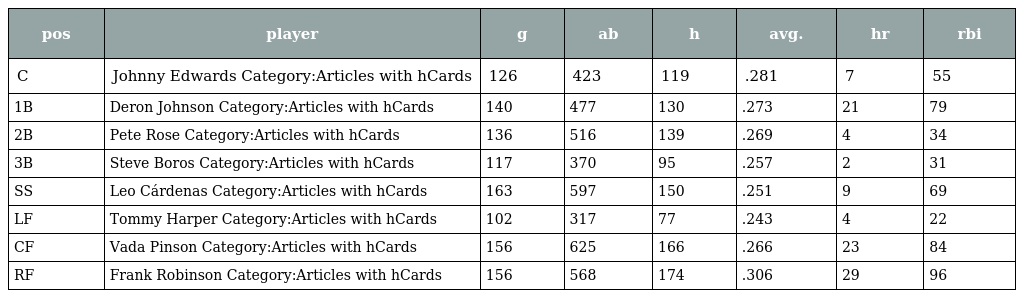
| pos | player | g | ab | h | avg. | hr | rbi |
 | --- | --- | --- | --- | --- | --- | --- | --- |
 | C | Johnny Edwards Category:Articles with hCards | 126 | 423 | 119 | .281 | 7 | 55 |
 | 1B | Deron Johnson Category:Articles with hCards | 140 | 477 | 130 | .273 | 21 | 79 |
 | 2B | Pete Rose Category:Articles with hCards | 136 | 516 | 139 | .269 | 4 | 34 |
 | 3B | Steve Boros Category:Articles with hCards | 117 | 370 | 95 | .257 | 2 | 31 |
 | SS | Leo Cárdenas Category:Articles with hCards | 163 | 597 | 150 | .251 | 9 | 69 |
 | LF | Tommy Harper Category:Articles with hCards | 102 | 317 | 77 | .243 | 4 | 22 |
 | CF | Vada Pinson Category:Articles with hCards | 156 | 625 | 166 | .266 | 23 | 84 |
 | RF | Frank Robinson Category:Articles with hCards | 156 | 568 | 174 | .306 | 29 | 96 |